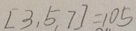
[ 3 , 5 , 7 ] = 1 0 5